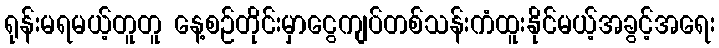
ရုန်းမရမယ့်တူတူ နေ့စဉ်တိုင်းမှာငွေကျပ်တစ်သန်းကံထူးနိုင်မယ့်အခွင့်အရေး